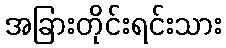
အခြားတိုင်းရင်းသား